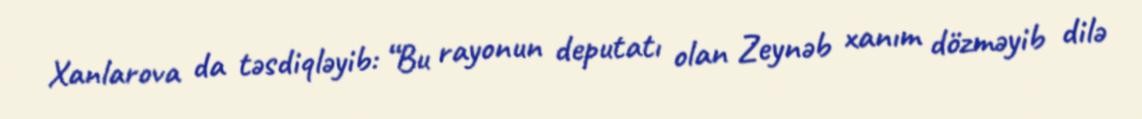
Xanlarova da təsdiqləyib: “Bu rayonun deputatı olan Zeynəb xanım dözməyib dilə